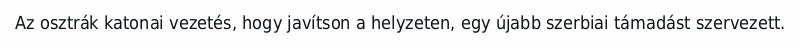
Az osztrák katonai vezetés, hogy javítson a helyzeten, egy újabb szerbiai támadást szervezett.